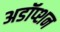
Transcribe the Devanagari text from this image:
अडॉप्शन